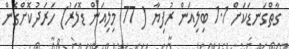
ގާތްގަނޑަކަށް 1.1 ބިލިއަން ރުފިޔާ ( 77 މިލިއަން ޑޮލަރު) ހަރަދުކޮށްގެން